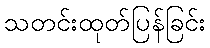
သတင်းထုတ်ပြန်ခြင်း